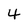
Character: 4